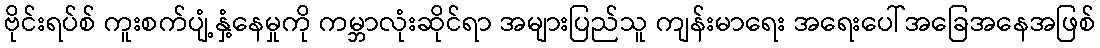
ဗိုင်းရပ်စ် ကူးစက်ပျံ့နှံ့နေမှုကို ကမ္ဘာလုံးဆိုင်ရာ အများပြည်သူ ကျန်းမာရေး အရေးပေါ်အခြေအနေအဖြစ်